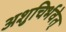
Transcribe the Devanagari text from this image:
अशुचिर्भवेत्